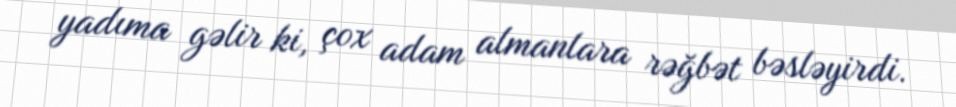
yadıma gəlir ki, çox adam almanlara rəğbət bəsləyirdi.